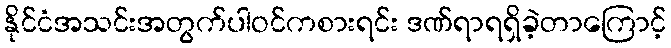
နိုင်ငံအသင်းအတွက်ပါဝင်ကစားရင်း ဒဏ်ရာရရှိခဲ့တာကြောင့်